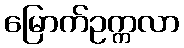
မြောက်ဥက္ကလာ